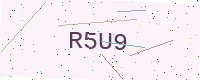
Text: R5U9